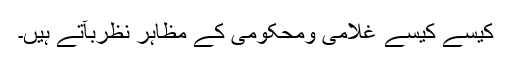
کیسے کیسے غلامی ومحکومی کے مظاہر نظربآتے ہیں۔